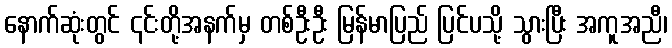
နောက်ဆုံးတွင် ၎င်းတို့အနက်မှ တစ်ဦးဦး မြန်မာပြည် ပြင်ပသို့ သွားပြီး အကူအညီ၊